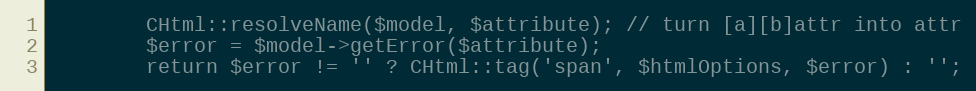
Language: PHP
		CHtml::resolveName($model, $attribute); // turn [a][b]attr into attr
		$error = $model->getError($attribute);
		return $error != '' ? CHtml::tag('span', $htmlOptions, $error) : '';